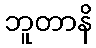
ဘူတာနိ